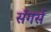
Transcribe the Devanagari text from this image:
सॅगर्स